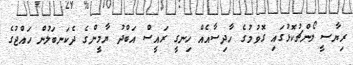
ރިޔާސީ ލޯންޗުކޮޅުގައި ގޮވުމުގެ ހާދިސާއެއް ހިނގީ ރައީސް އަބްދު ޔާމީންގެ ދެކަނބަލުން ހައްޖުގެ